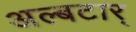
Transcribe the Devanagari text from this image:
अल्बटार्